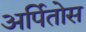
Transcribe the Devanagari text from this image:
अर्पितोस